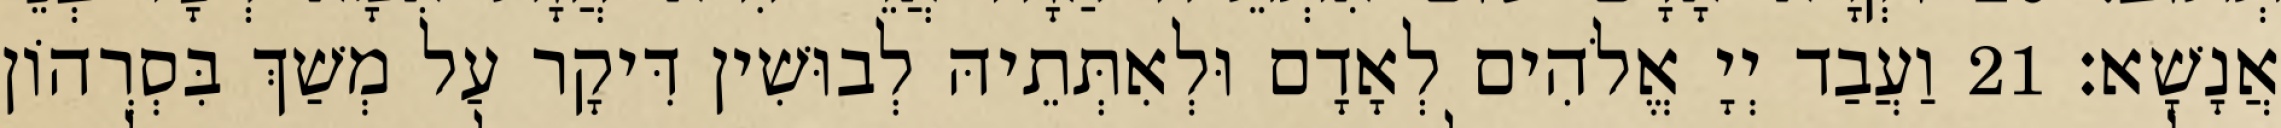
אֲנָשָׁא׃ 21 וַעֲבַד יְיָ אֱלֹהִים לְאָדָם וּלְאִתְּתֵיהּ לְבוּשִׁין דִּיקָר עַל מְשַׁךְ בִּסְרְהוֹן